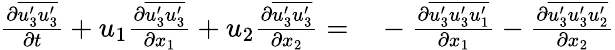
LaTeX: \begin{array}{rl}{\frac{\partial\overline{{u_{3}^{\prime}u_{3}^{\prime}}}}{\partial t}+u_{1}\frac{\partial\overline{{u_{3}^{\prime}u_{3}^{\prime}}}}{\partial x_{1}}+u_{2}\frac{\partial\overline{{u_{3}^{\prime}u_{3}^{\prime}}}}{\partial x_{2}}=}&{{}-\frac{\partial\overline{{u_{3}^{\prime}u_{3}^{\prime}u_{1}^{\prime}}}}{\partial x_{1}}-\frac{\partial\overline{{u_{3}^{\prime}u_{3}^{\prime}u_{2}^{\prime}}}}{\partial x_{2}}}\end{array}